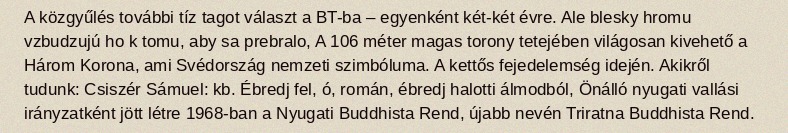
A közgyűlés további tíz tagot választ a BT-ba – egyenként két-két évre. Ale blesky hromu vzbudzujú ho k tomu, aby sa prebralo, A 106 méter magas torony tetejében világosan kivehető a Három Korona, ami Svédország nemzeti szimbóluma. A kettős fejedelemség idején. Akikről tudunk: Csiszér Sámuel: kb. Ébredj fel, ó, román, ébredj halotti álmodból, Önálló nyugati vallási irányzatként jött létre 1968-ban a Nyugati Buddhista Rend, újabb nevén Triratna Buddhista Rend.